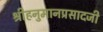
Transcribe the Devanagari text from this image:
श्रीहनुमानप्रसादजी